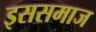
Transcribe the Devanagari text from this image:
इससमाज